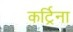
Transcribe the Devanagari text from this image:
कर्ट्रिना